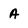
Character: A